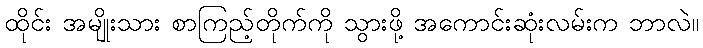
ထိုင်း အမျိုးသား စာကြည့်တိုက်ကို သွားဖို့ အကောင်းဆုံးလမ်းက ဘာလဲ။